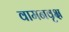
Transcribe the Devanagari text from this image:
वामनवृक्ष